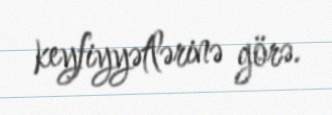
keyfiyyətlərinə görə.